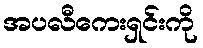
အပလီကေးရှင်းကို